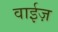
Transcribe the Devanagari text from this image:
वाईज़